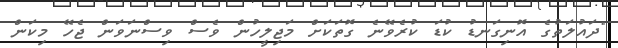
"ދައުލަތުގެ އޮނިގަނޑު ކުޑަ ކުރެވޭނެ ގޮތަކަށް މަޖިލީހުން ވެސް ވިސްނަވަން ޖެހޭ މިކަން